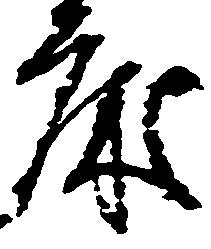
床